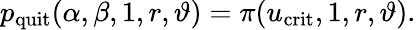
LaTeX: p_{\mathrm{quit}}(\alpha,\beta,1,r,\vartheta)=\pi(u_{\mathrm{crit}},1,r,\vartheta).